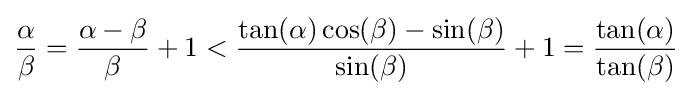
{\frac {\alpha }{\beta }}={\frac {\alpha -\beta }{\beta }}+1<{\frac {\tan(\alpha )\cos(\beta )-\sin(\beta )}{\sin(\beta )}}+1={\frac {\tan(\alpha )}{\tan(\beta )}}